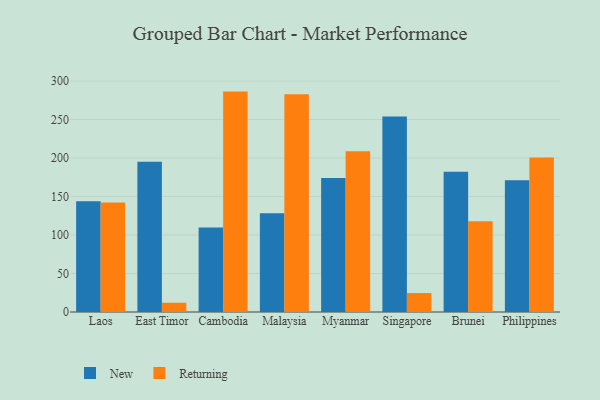
{"axis": {"x": "Country", "y": "Backlog"}, "legend": ["New", "Returning"], "data": [{"x": "Laos", "y": 143.9, "type": "New"}, {"x": "Laos", "y": 142.2, "type": "Returning"}, {"x": "East Timor", "y": 195.3, "type": "New"}, {"x": "East Timor", "y": 12.0, "type": "Returning"}, {"x": "Cambodia", "y": 109.9, "type": "New"}, {"x": "Cambodia", "y": 286.3, "type": "Returning"}, {"x": "Malaysia", "y": 128.2, "type": "New"}, {"x": "Malaysia", "y": 282.7, "type": "Returning"}, {"x": "Myanmar", "y": 174.0, "type": "New"}, {"x": "Myanmar", "y": 208.7, "type": "Returning"}, {"x": "Singapore", "y": 253.8, "type": "New"}, {"x": "Singapore", "y": 24.6, "type": "Returning"}, {"x": "Brunei", "y": 182.1, "type": "New"}, {"x": "Brunei", "y": 117.8, "type": "Returning"}, {"x": "Philippines", "y": 171.3, "type": "New"}, {"x": "Philippines", "y": 200.6, "type": "Returning"}]}